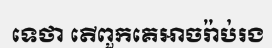
ទេថា តើពួកគេអាចរ៉ាប់រង